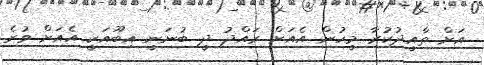
އަށް ތާއީދުކުރާ މީހުން އެއަށް ރައްދު ދީ ބުނަނީ އިބޫއަކީ އެއަށް ވުރެ